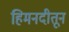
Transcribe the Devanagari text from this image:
हिमनदीतून